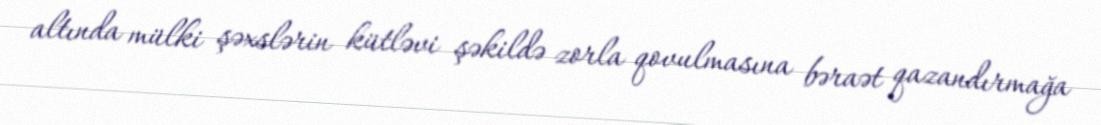
altında mülki şəxslərin kütləvi şəkildə zorla qovulmasına bəraət qazandırmağa